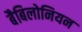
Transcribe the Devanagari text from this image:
बैबिलोनियन